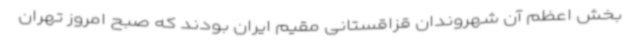
بخش اعظم آن شهروندان قزاقستانی مقیم ایران بودند که صبح امروز تهران